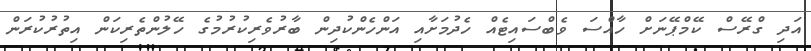
އަދި ގްރޭސް ކޭމްޕޭނަށް ހާއްސަ ވެބްސައިޓެއް ހެދުމަށާއި އަންހެންކުދިން ބާރުވެރިކުރުުމުގެ ހޭލުންތެރިކަން އިތުރުކުރަން